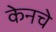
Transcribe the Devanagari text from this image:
केनचे